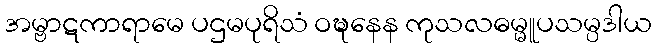
အမ္ဗာဋကာရာမေ ပဌမပုရိသံ ဝဍ္ဎနေန ကုသလဓမ္မူပသမ္ပဒါယ